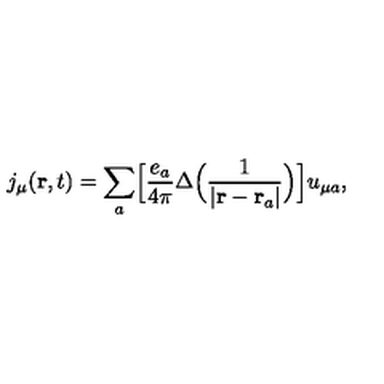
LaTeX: j _ { \mu } ( { \bf r } , t ) = \sum _ { a } \Bigl [ \frac { e _ { a } } { 4 \pi } \Delta \Bigl ( \frac { 1 } { \vert { \bf r } - { \bf r } _ { a } \vert } \Bigr ) \Bigr ] u _ { \mu a } ,